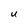
Character: U